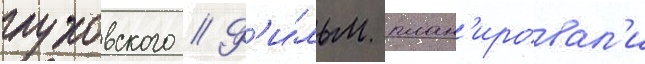
глуховского // Ф'и́льм план'ировал'и